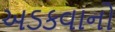
અડકવાનો